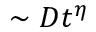
\sim D t ^ { \eta }